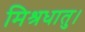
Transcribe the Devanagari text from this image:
मिश्रधातु।